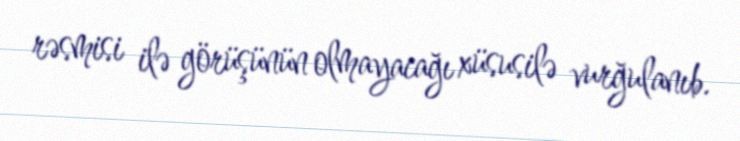
rəsmisi ilə görüşünün olmayacağı xüsusilə vurğulanıb.